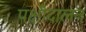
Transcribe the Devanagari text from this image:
पक्षीदालन